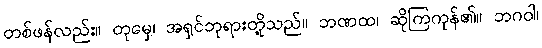
တစ်ဖန်လည်း။ တုမှေ၊ အရှင်ဘုရားတို့သည်။ ဘဏထ၊ ဆိုကြကုန်၏။ ဘဂဝါ၊